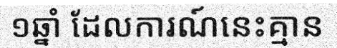
១ឆ្នាំ ដែលការណ៍នេះគ្មាន